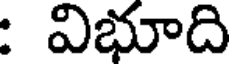
: విభూది